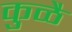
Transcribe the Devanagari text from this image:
कुळै